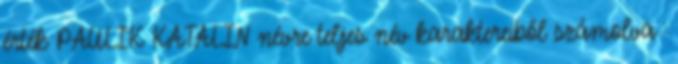
érték PAULIK KATALIN névre teljes név karaktereiből számolva :